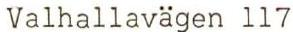
Valhallavägen 117